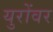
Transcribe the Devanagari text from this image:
युरोंवर